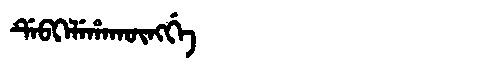
Manchu: ᡩᡝᠪᡴᡝᠯᡝᡥᠠᡴᡡᠩᡤᡝ
Romanization: DEBKELEHAKŪNGGE